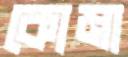
কোমা